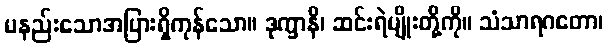
မနည်းသောအပြားရှိကုန်သော။ ဒုက္ခာနိ၊ ဆင်းရဲမျိုးတို့ကို။ သံသာရဂတော၊